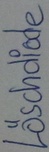
Text: Löschdiode